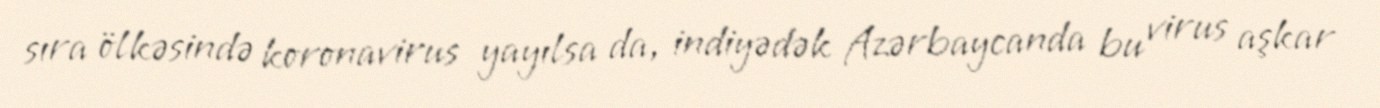
sıra ölkəsində koronavirus yayılsa da, indiyədək Azərbaycanda bu virus aşkar